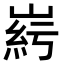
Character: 𡹱